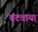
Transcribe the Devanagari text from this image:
बंटवाया